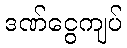
ဒဏ်ငွေကျပ်